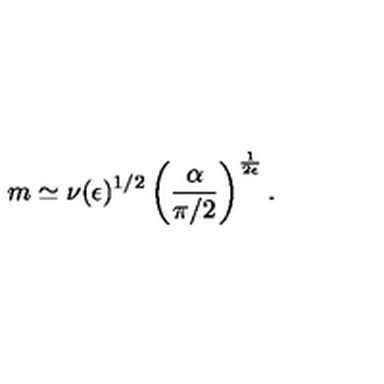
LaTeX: m \simeq \nu ( { \epsilon } ) ^ { 1 / 2 } \left( \frac { \alpha } { \pi / 2 } \right) ^ { \frac { 1 } { 2 \epsilon } } .